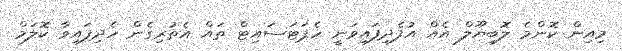
މިއިން ކޮންމެ ލޮބިޔޫލް އެއް އުފެދިފައިވަނީ ހެޕަޓަސައިޓް ތައް އެތުރިގެން ހެދިފައިވާ ކޮލަމް